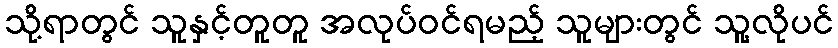
သို့ရာတွင် သူနှင့်တူတူ အလုပ်ဝင်ရမည့် သူများတွင် သူ့လိုပင်